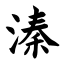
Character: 溱